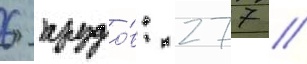
6 прудо́в: 277 //